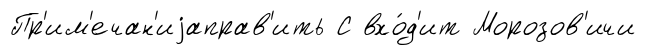
Пр'им'ечан'иjаправ'ить С вхо́д'ит Морозов'ичи